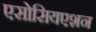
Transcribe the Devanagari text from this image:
एसोसियएशन